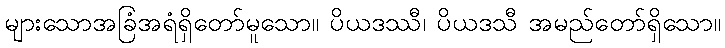
များသောအခြံအရံရှိတော်မူသော။ ပိယဒဿီ၊ ပိယဒသီ အမည်တော်ရှိသော။